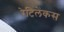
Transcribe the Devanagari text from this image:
रेटिलेंकस